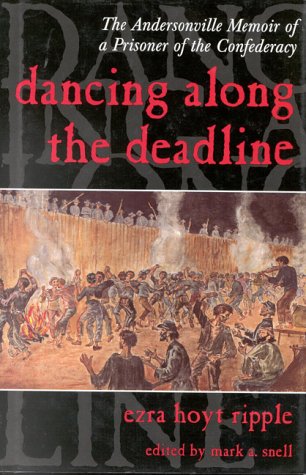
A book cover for Dancing Along the Deadline: The Andersonville Memoir of a Prisoner of the Confederacy; Ezra Hoyt Ripple; History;